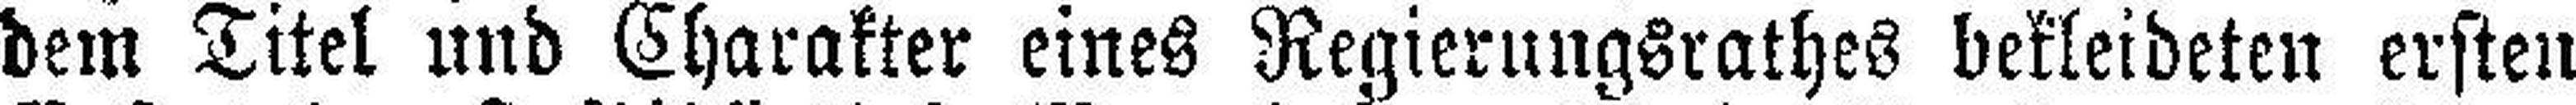
dem Titel und Charakter eines Regierungsrathes bekleideten ersten